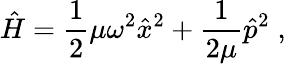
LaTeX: \hat{H}=\frac{1}{2}\mu\omega^{2}\hat{x}^{2}+\frac{1}{2\mu}\hat{p}^{2}\; ,